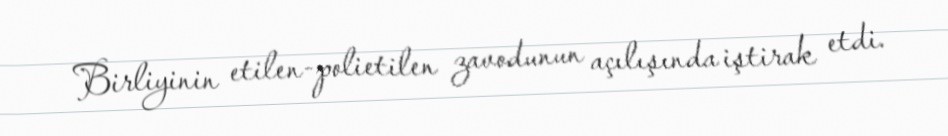
Birliyinin etilen-polietilen zavodunun açılışında iştirak etdi.